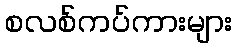
စလစ်ကပ်ကားများ